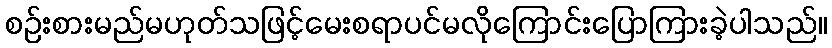
စဉ်းစားမည်မဟုတ်သဖြင့်မေးစရာပင်မလိုကြောင်းပြောကြားခဲ့ပါသည်။